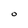
Character: O